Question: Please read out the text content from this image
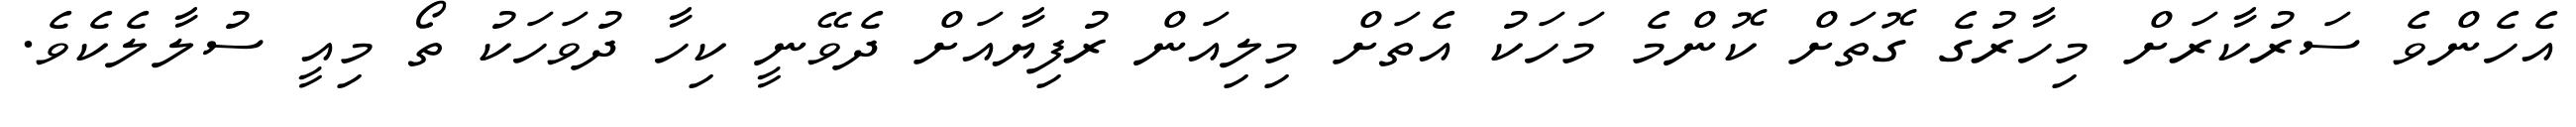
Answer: އެހެންވެ ސަރުކާރަށް މިހާރުގެ ގޮތަށް ކޮންމެ މަހަކު އެތަށް މިލިއަން ރުފިޔާއަށް ދެވޭނީ ކިހާ ދުވަހަކު ތޯ މިއީ ސުލާލެކެވެ.